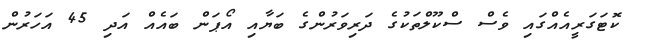
ކޮޓަގަރީއެއްގައި ވެސް ސްކޫލްތަކުގެ ދަރިވަރުންގެ ބަޔާއި އޯޕަން ބައެއް އަދި 45 އަހަރުން